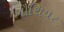
ગૌથિયર